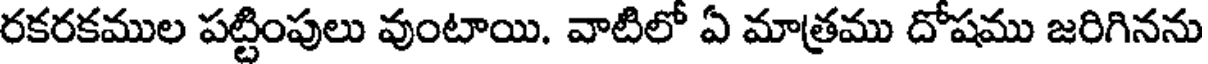
రకరకముల పట్టింపులు వుంటాయి. వాటిలో ఏ మాత్రము దోషము జరిగినను